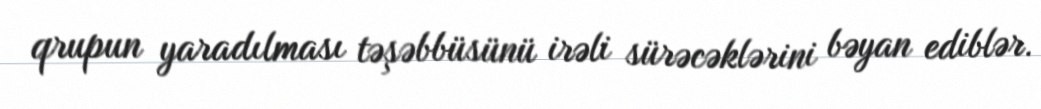
qrupun yaradılması təşəbbüsünü irəli sürəcəklərini bəyan ediblər.